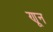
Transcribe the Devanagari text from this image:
णून